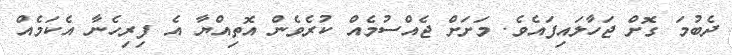
ދެބުމަ ގޮށް ޖަހާލައިފައެވެ. މަށަށް ޖެއްސުމެއް ކުރެވެން އޮތިއްޔާ އެ ފިރިހެނާ އެކަމެއް